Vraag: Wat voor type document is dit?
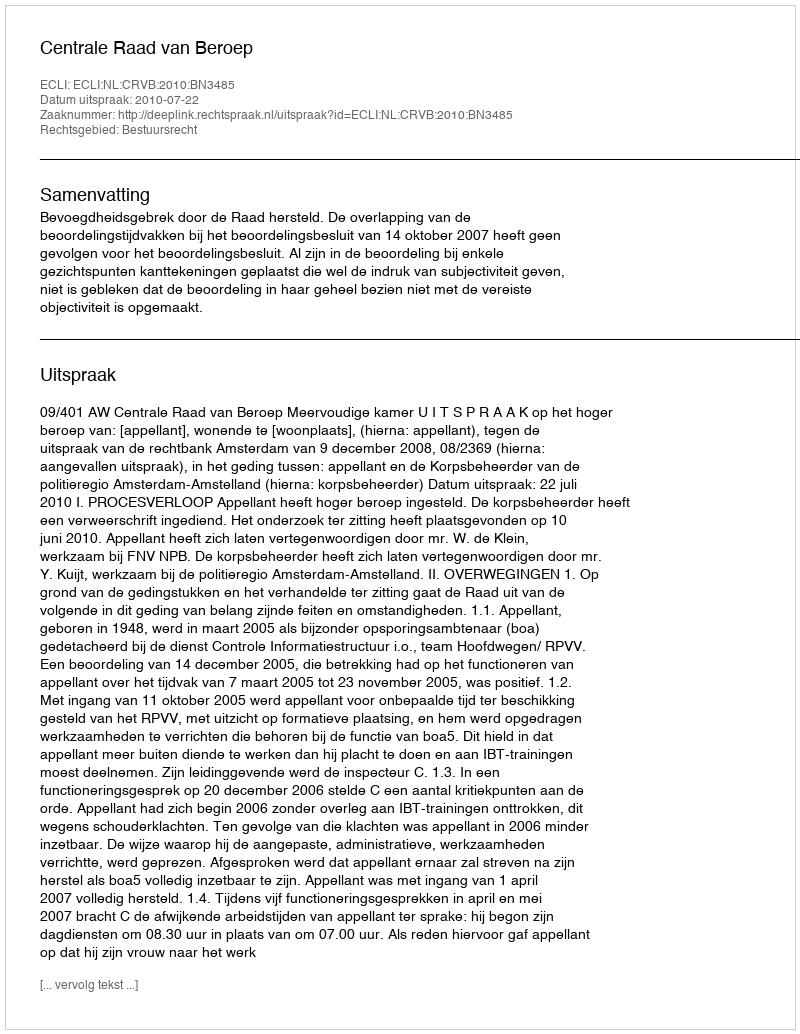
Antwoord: Uitspraak